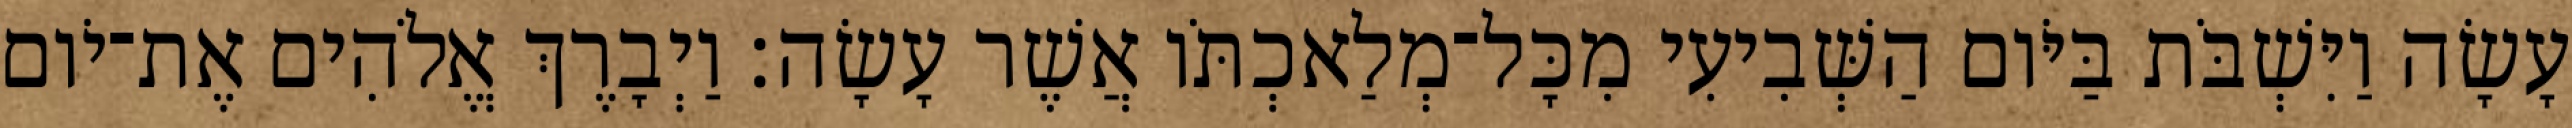
עָשָׂה וַיִּשְׁבֹּת בַּיֹּום הַשְּׁבִיעִי מִכָּל־מְלַאכְתֹּו אֲשֶׁר עָשָׂה׃ וַיְבָרֶךְ אֱלֹהִים אֶת־יֹום